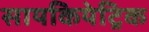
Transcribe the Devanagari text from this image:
सायकियेट्रिक